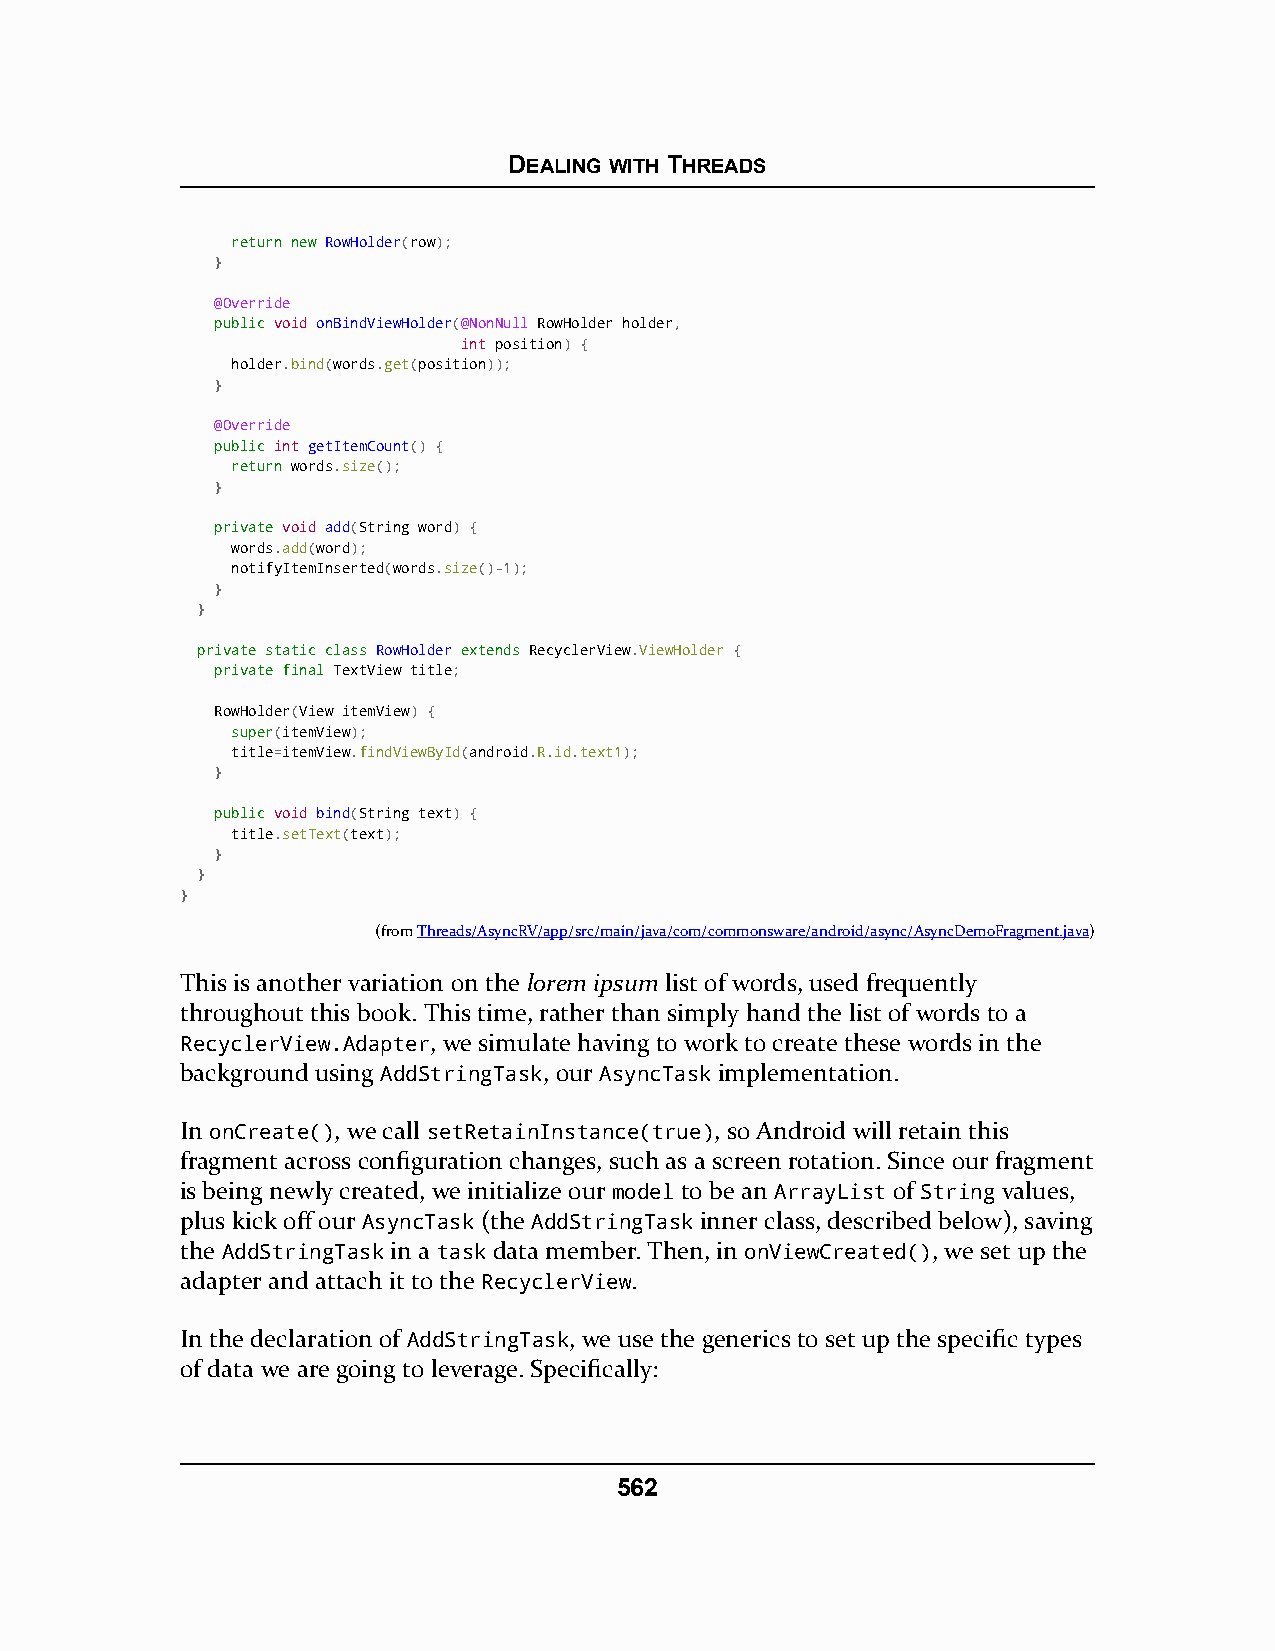
DEALING WITH THREADS
 rreettuurrnn nneeww RowHolder(row);
 }
 @Override
 ppuubblliicc void onBindViewHolder(@NonNull RowHolder holder,
 int position) {
 holder.bind(words.get(position));
 }
 @Override
 ppuubblliicc int getItemCount() {
 rreettuurrnn words.size();
 }
 pprriivvaattee void add(String word) {
 words.add(word);
 notifyItemInserted(words.size()-1);
 }
 }
 pprriivvaattee ssttaattiicc ccllaassss RRoowwHHoollddeerr eexxtteennddss RecyclerView.ViewHolder {
 pprriivvaattee ffiinnaall TextView title;
 RowHolder(View itemView) {
 ssuuppeerr(itemView);
 title=itemView.findViewById(android.R.id.text1);
 }
 ppuubblliicc void bind(String text) {
 title.setText(text);
 }
 }
 }
 (fromThreads/AsyncRV/app/src/main/java/com/commonsware/android/async/AsyncDemoFragment.java)
 This is another variation on the lorem ipsum list of words, used frequently
 throughout this book. This time, rather than simply hand the list of words to a
 RecyclerView.Adapter, we simulate having to work to create these words in the
 background using AddStringTask, our AsyncTask implementation.
 In onCreate(), we call setRetainInstance(true), so Android will retain this
 fragment across configuration changes, such as a screen rotation. Since our fragment
 is being newly created, we initialize our model to be an ArrayList of String values,
 plus kick off our AsyncTask (the AddStringTask inner class, described below), saving
 the AddStringTask in a task data member. Then, in onViewCreated(), we set up the
 adapter and attach it to the RecyclerView.
 In the declaration of AddStringTask, we use the generics to set up the specific types
 of data we are going to leverage. Specifically:
 562